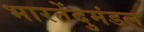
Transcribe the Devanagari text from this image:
भारतेंदुमंडल